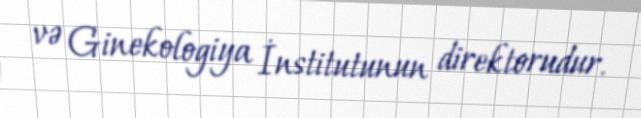
və Ginekologiya İnstitutunun direktorudur.